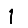
Digit: 1